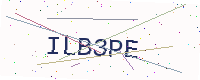
Text: ILB3PE